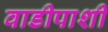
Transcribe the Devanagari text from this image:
वाडीपाशी